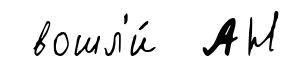
вошл'и́ АН